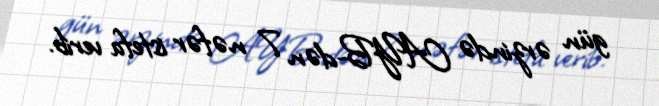
gün ərzində AYB-dən 7 nəfər istefa verib.